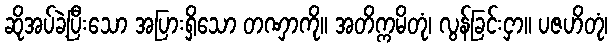
ဆိုအပ်ခဲ့ပြီးသော အပြားရှိသော တဏှာကို။ အတိက္ကမိတုံ၊ လွန်ခြင်းငှာ။ ပဇဟိတုံ၊